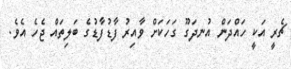
ޗެރީ އަކީ ހައްދަން އުނދަގޫ ގަހަކަށް ވާއިރު ފާޑުފާޑުގެ ބަލިތައް ޖެހެ އެވެ.